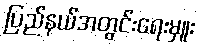
ပြည်နယ်အတွင်းရေးမှူး